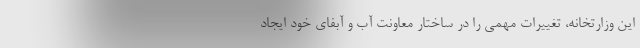
این وزارتخانه، تغییرات مهمی را در ساختار معاونت آب و آبفای خود ایجاد